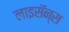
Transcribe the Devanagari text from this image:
लाइसॅन्स